Annual report of the Punjab Veterinary College and of the Civil Veterinary Department, Punjab - 1926-1932
Year: 1926
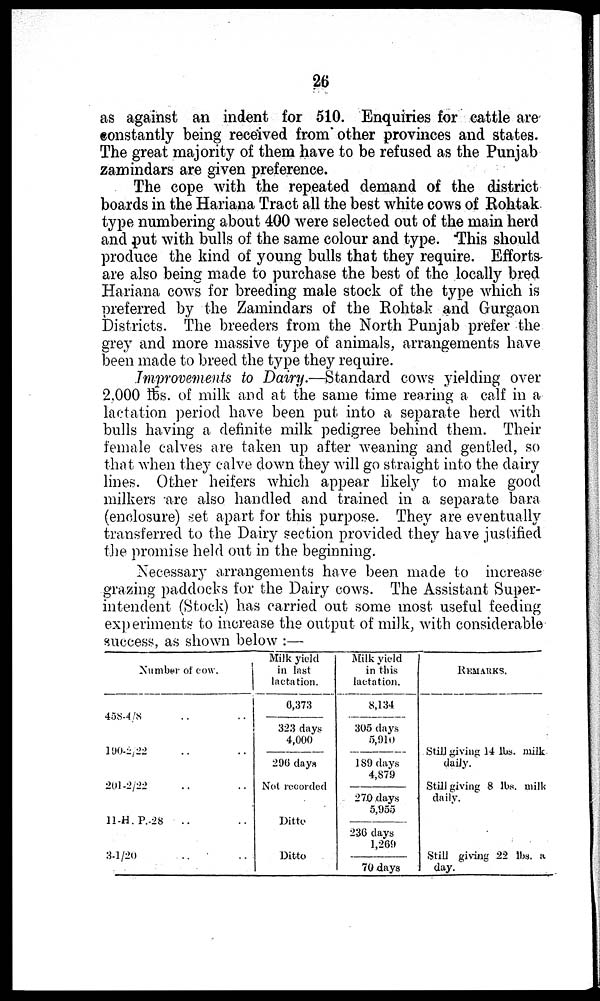
26
as against an indent for 510. Enquiries for cattle are
constantly being received from other provinces and states.
The great majority of them have to be refused as the Punjab
zamindars are given preference.
The cope with the repeated demand of the district
boards in the Hariana Tract all the best white cows of Rohtak
type numbering about 400 were selected out of the main herd
and put with bulls of the same colour and type. This should
produce the kind of young bulls that they require. Efforts-
are also being made to purchase the best of the locally bred
Hariana cows for breeding male stock of the type which is
preferred by the Zamindars of the Rohtak and Gurgaon
Districts. The breeders from the North Punjab prefer the
grey and more massive type of animals, arrangements have
been made to breed the type they require.
Improvements to Dairy.—Standard cows yielding over
2,000 lbs. of milk and at the same time rearing a calf in a
lactation period have been put into a separate herd with
bulls having a definite milk pedigree behind them. Their
female calves are taken up after weaning and gentled, so
that when they calve down they will go straight into the dairy
lines. Other heifers which appear likely to make good
milkers are also handled and trained in a separate bara
(enclosure) set apart for this purpose. They are eventually
transferred to the Dairy section provided they have justified
the promise held out in the beginning.
Necessary arrangements have been made to increase
grazing paddocks for the Dairy cows. The Assistant Super-
intendent (Stock) has carried out some most useful feeding
experiments to increase the output of milk, with considerable
success, as shown below :—
Number of cow.
458-4|8 .. ..
190-2,22 .. ..
201-2/22
11-H.P.-28
.. ..
3-1/20
Milk yield
in last
lactation.
6,373
323 days
4,000
296 days
Not recorded
Ditto
Ditto
Milk yield
in this
lactation.
8,134
305 days
5,910
189 days
4,879
270 days
5,955
236 days
1,269
70 days
REMARKS.
Still giving 14 lbs. milk
daily.
Still giving 8 lbs. milk
daily.
Still giving 22 lbs. a
day.